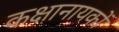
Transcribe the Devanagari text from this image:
कक्षानायकों